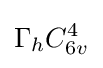
\Gamma _{h}C_{6v}^{4}